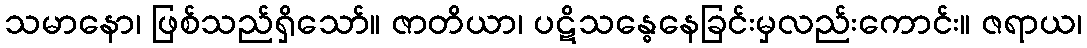
သမာနော၊ ဖြစ်သည်ရှိသော်။ ဇာတိယာ၊ ပဋိသန္ဓေနေခြင်းမှလည်းကောင်း။ ဇရာယ၊